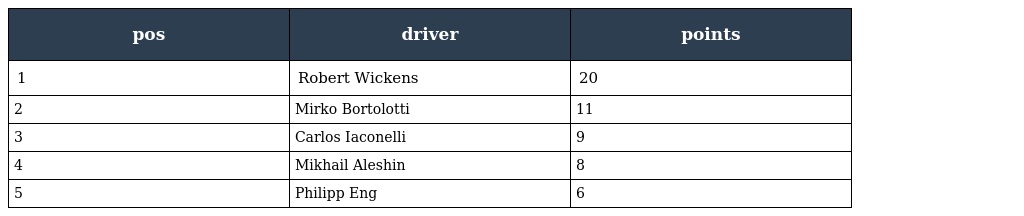
| pos | driver | points |
 | --- | --- | --- |
 | 1 | Robert Wickens | 20 |
 | 2 | Mirko Bortolotti | 11 |
 | 3 | Carlos Iaconelli | 9 |
 | 4 | Mikhail Aleshin | 8 |
 | 5 | Philipp Eng | 6 |